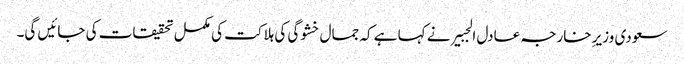
سعودی وزیرِ خارجہ عادل الجبیر نے کہا ہے کہ جمال خشوگی کی ہلاکت کی مکمل تحقیقات کی جائیں گی۔